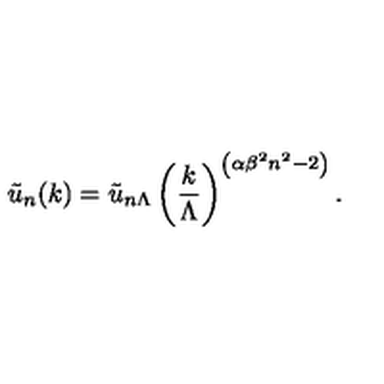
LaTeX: { \tilde { u } _ { n } ( k ) } = { \tilde { u } _ { n \Lambda } } \left( { \frac { k } { \Lambda } } \right) ^ { \left( \alpha { \beta ^ { 2 } } n ^ { 2 } - 2 \right) } .